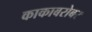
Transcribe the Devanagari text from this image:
काकाबरोबर